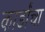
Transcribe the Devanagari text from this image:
कार्डांचा